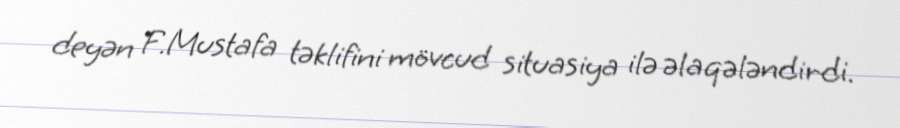
deyən F.Mustafa təklifini mövcud situasiya ilə əlaqələndirdi.